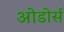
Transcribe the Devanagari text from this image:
ओडोर्स